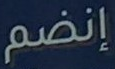
إنضم